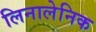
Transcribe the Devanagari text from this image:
लिनालेनिक